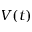
V ( t )